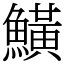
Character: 鱑